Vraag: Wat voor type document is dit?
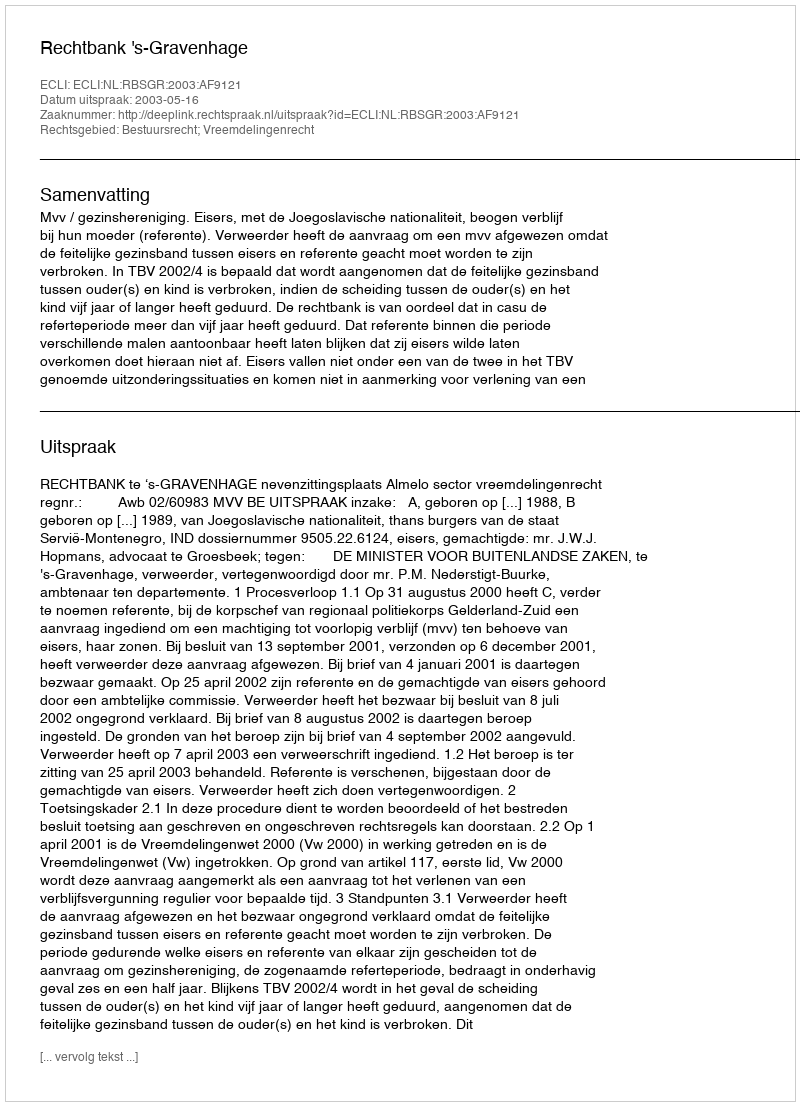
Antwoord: Uitspraak